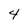
Character: 4